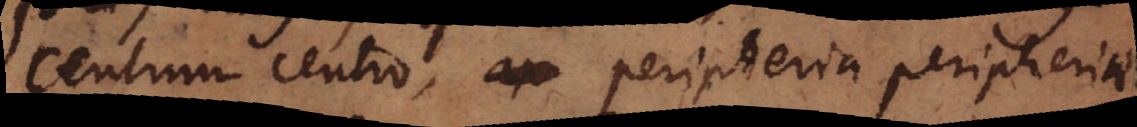
Centrum centro, peripheria peripheriae.